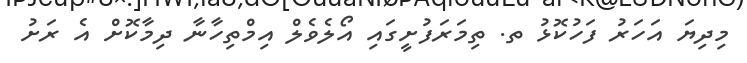
މިދިޔަ އަހަރު ފަހުކޮޅު ތ. ތިމަރަފުށީގައި އޯލެވެލް އިމްތިހާނާ ދިމާކޮށް އެ ރަށު